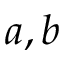
a , b